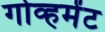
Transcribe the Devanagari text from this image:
गोव्हमेंट